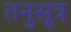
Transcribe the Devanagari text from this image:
तनुसूत्र